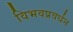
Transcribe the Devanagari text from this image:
विभवप्रवर्धन